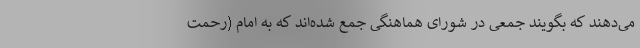
می‌دهند که بگویند جمعی در شورای هماهنگی جمع شده‌اند که به امام (رحمت